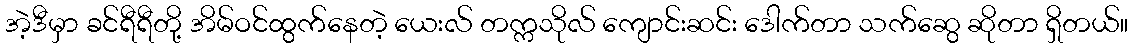
အဲ့ဒီမှာ ခင်ရီရီတို့ အိမ်ဝင်ထွက်နေတဲ့ ယေးလ် တက္ကသိုလ် ကျောင်းဆင်း ဒေါက်တာ သက်ဆွေ ဆိုတာ ရှိတယ်။